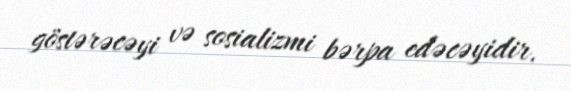
göstərəcəyi və sosializmi bərpa edəcəyidir.